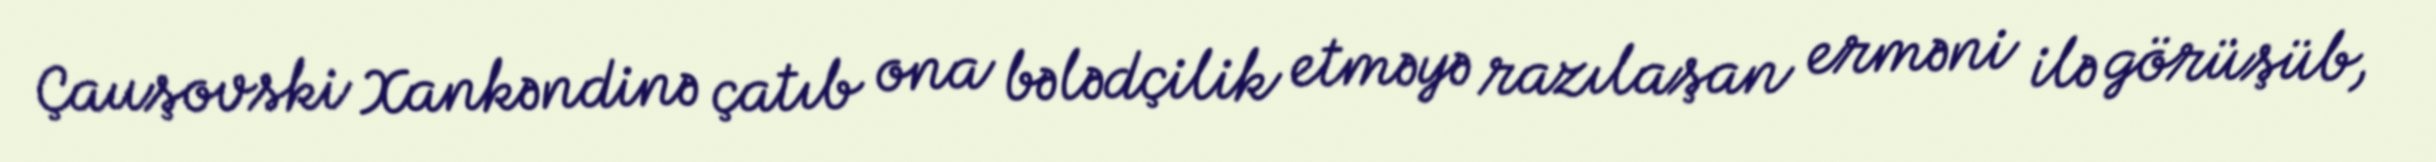
Çauşovski Xankəndinə çatıb ona bələdçilik etməyə razılaşan erməni ilə görüşüb,